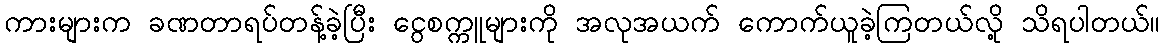
ကားများက ခဏတာရပ်တန့်ခဲ့ပြီး ငွေစက္ကူများကို အလုအယက် ကောက်ယူခဲ့ကြတယ်လို့ သိရပါတယ်။